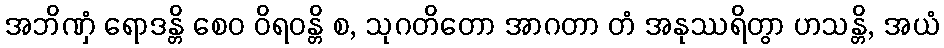
အဘိဏှံ ရောဒန္တိ စေဝ ဝိရဝန္တိ စ, သုဂတိတော အာဂတာ တံ အနုဿရိတွာ ဟသန္တိ, အယံ